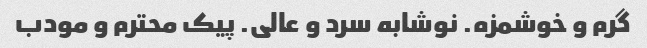
گرم و خوشمزه. نوشابه سرد و عالی. پیک محترم و مودب